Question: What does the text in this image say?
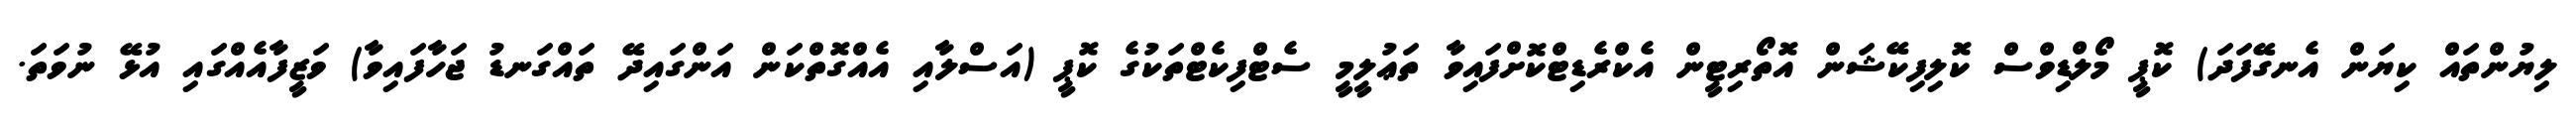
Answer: ލިޔުންތައް ކިޔަން އެނގޭފަދަ) ކޮޕީ މޯލްޑިވްސް ކޮލިފިކޭޝަން އޮތޯރިޓީން އެކްރެޑިޓްކޮށްފައިވާ ތަޢުލީމީ ސެޓްފިކެޓްތަކުގެ ކޮޕީ (އަސްލާއި އެއްގޮތްކަން އަންގައިދޭ ތައްގަނޑު ޖަހާފައިވާ) ވަޒީފާއެއްގައި އުޅޭ ނުވަތަ.